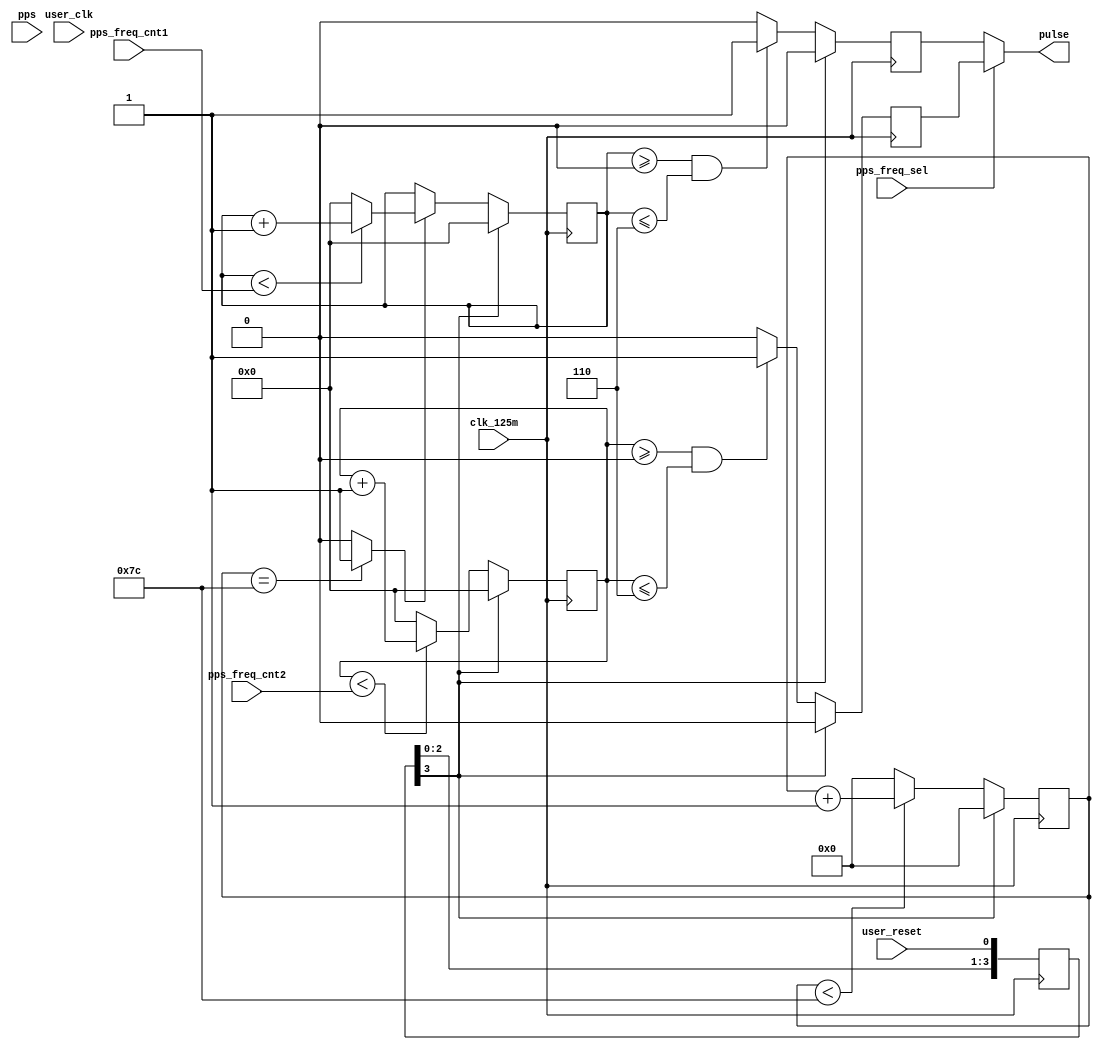

module  pulse_gen(
                    input           user_clk,
                    input           user_reset,                 
                    
                    //input           clk_1m,
                    input           clk_125m,
                    input           pps,
                    
                    input [31:0]    pps_freq_cnt1,
                    input [31:0]    pps_freq_cnt2,
                    input           pps_freq_sel, 

                    output          pulse
                    );
                    
reg [3:0]            rst_1m; 
reg [3:0]            rst_125m;                   

reg [31:0]      freq_cnt1;
reg [31:0]      freq_cnt2;                    
                       
reg     pps_1m; 
reg     pps_125m; 
                  

always  @(posedge clk_125m) begin
    rst_125m    <= {rst_125m[2:0],user_reset};
end

reg [6:0]	clk_div_cnt;
wire 		clk_div_en;

always  @(posedge clk_125m) begin
	if( rst_125m[3] == 1'b1 )
		clk_div_cnt		<= 7'd0;
	else if( clk_div_cnt < 7'd124 )
        clk_div_cnt     <= clk_div_cnt + 1'b1;
    else
        clk_div_cnt     <= 7'd0;
end

assign  clk_div_en   = ( clk_div_cnt == 7'd124 ) ? 1'b1 : 1'b0 ;

always  @(posedge clk_125m) begin
    if( rst_125m[3] == 1'b1 )
        freq_cnt1           <= 32'd0;
    else if( clk_div_en == 1'b1 ) begin
        if( freq_cnt1 < pps_freq_cnt1 )
            freq_cnt1       <= freq_cnt1 + 1'b1;
        else
            freq_cnt1       <= 32'd0;
    end 
    else
        freq_cnt1           <= freq_cnt1;        
end    

always  @(posedge clk_125m) begin
    if( rst_125m[3] == 1'b1 )
        pps_1m          <= 1'b0;
    else if( freq_cnt1 >= 0 && freq_cnt1 <= 6)
        pps_1m          <= 1'b1;
    else
        pps_1m          <= 1'b0;
end

always  @(posedge clk_125m) begin
    if( rst_125m[3] == 1'b1 )
        freq_cnt2       <= 32'd0;
    else if( freq_cnt2 < pps_freq_cnt2 )
        freq_cnt2       <= freq_cnt2 + 1'b1;
    else
        freq_cnt2       <= 32'd0;
   
end

always  @(posedge clk_125m) begin
    if( rst_125m[3] == 1'b1 )
        pps_125m        <= 1'b0;
    else if( freq_cnt2 >= 0 &&  freq_cnt2 <= 6)
        pps_125m        <= 1'b1;
    else
        pps_125m        <= 1'b0;
end 


// reg [1:0]   pps_1m_d;
// reg [1:0]   pps_125m_d;

// always  @(posedge user_clk) begin
    // if( user_reset == 1'b1 )
        // pps_1m_d        <= 2'b00;
    // else
        // pps_1m_d        <= {pps_1m_d[0],pps_1m};
// end

// always  @(posedge user_clk) begin
    // if( user_reset == 1'b1 )
        // pps_125m_d        <= 2'b00;
    // else
        // pps_125m_d        <= {pps_125m_d[0],pps_125m};
// end


assign  pulse = ( pps_freq_sel == 1'b0 ) ? pps_1m : pps_125m;


endmodule